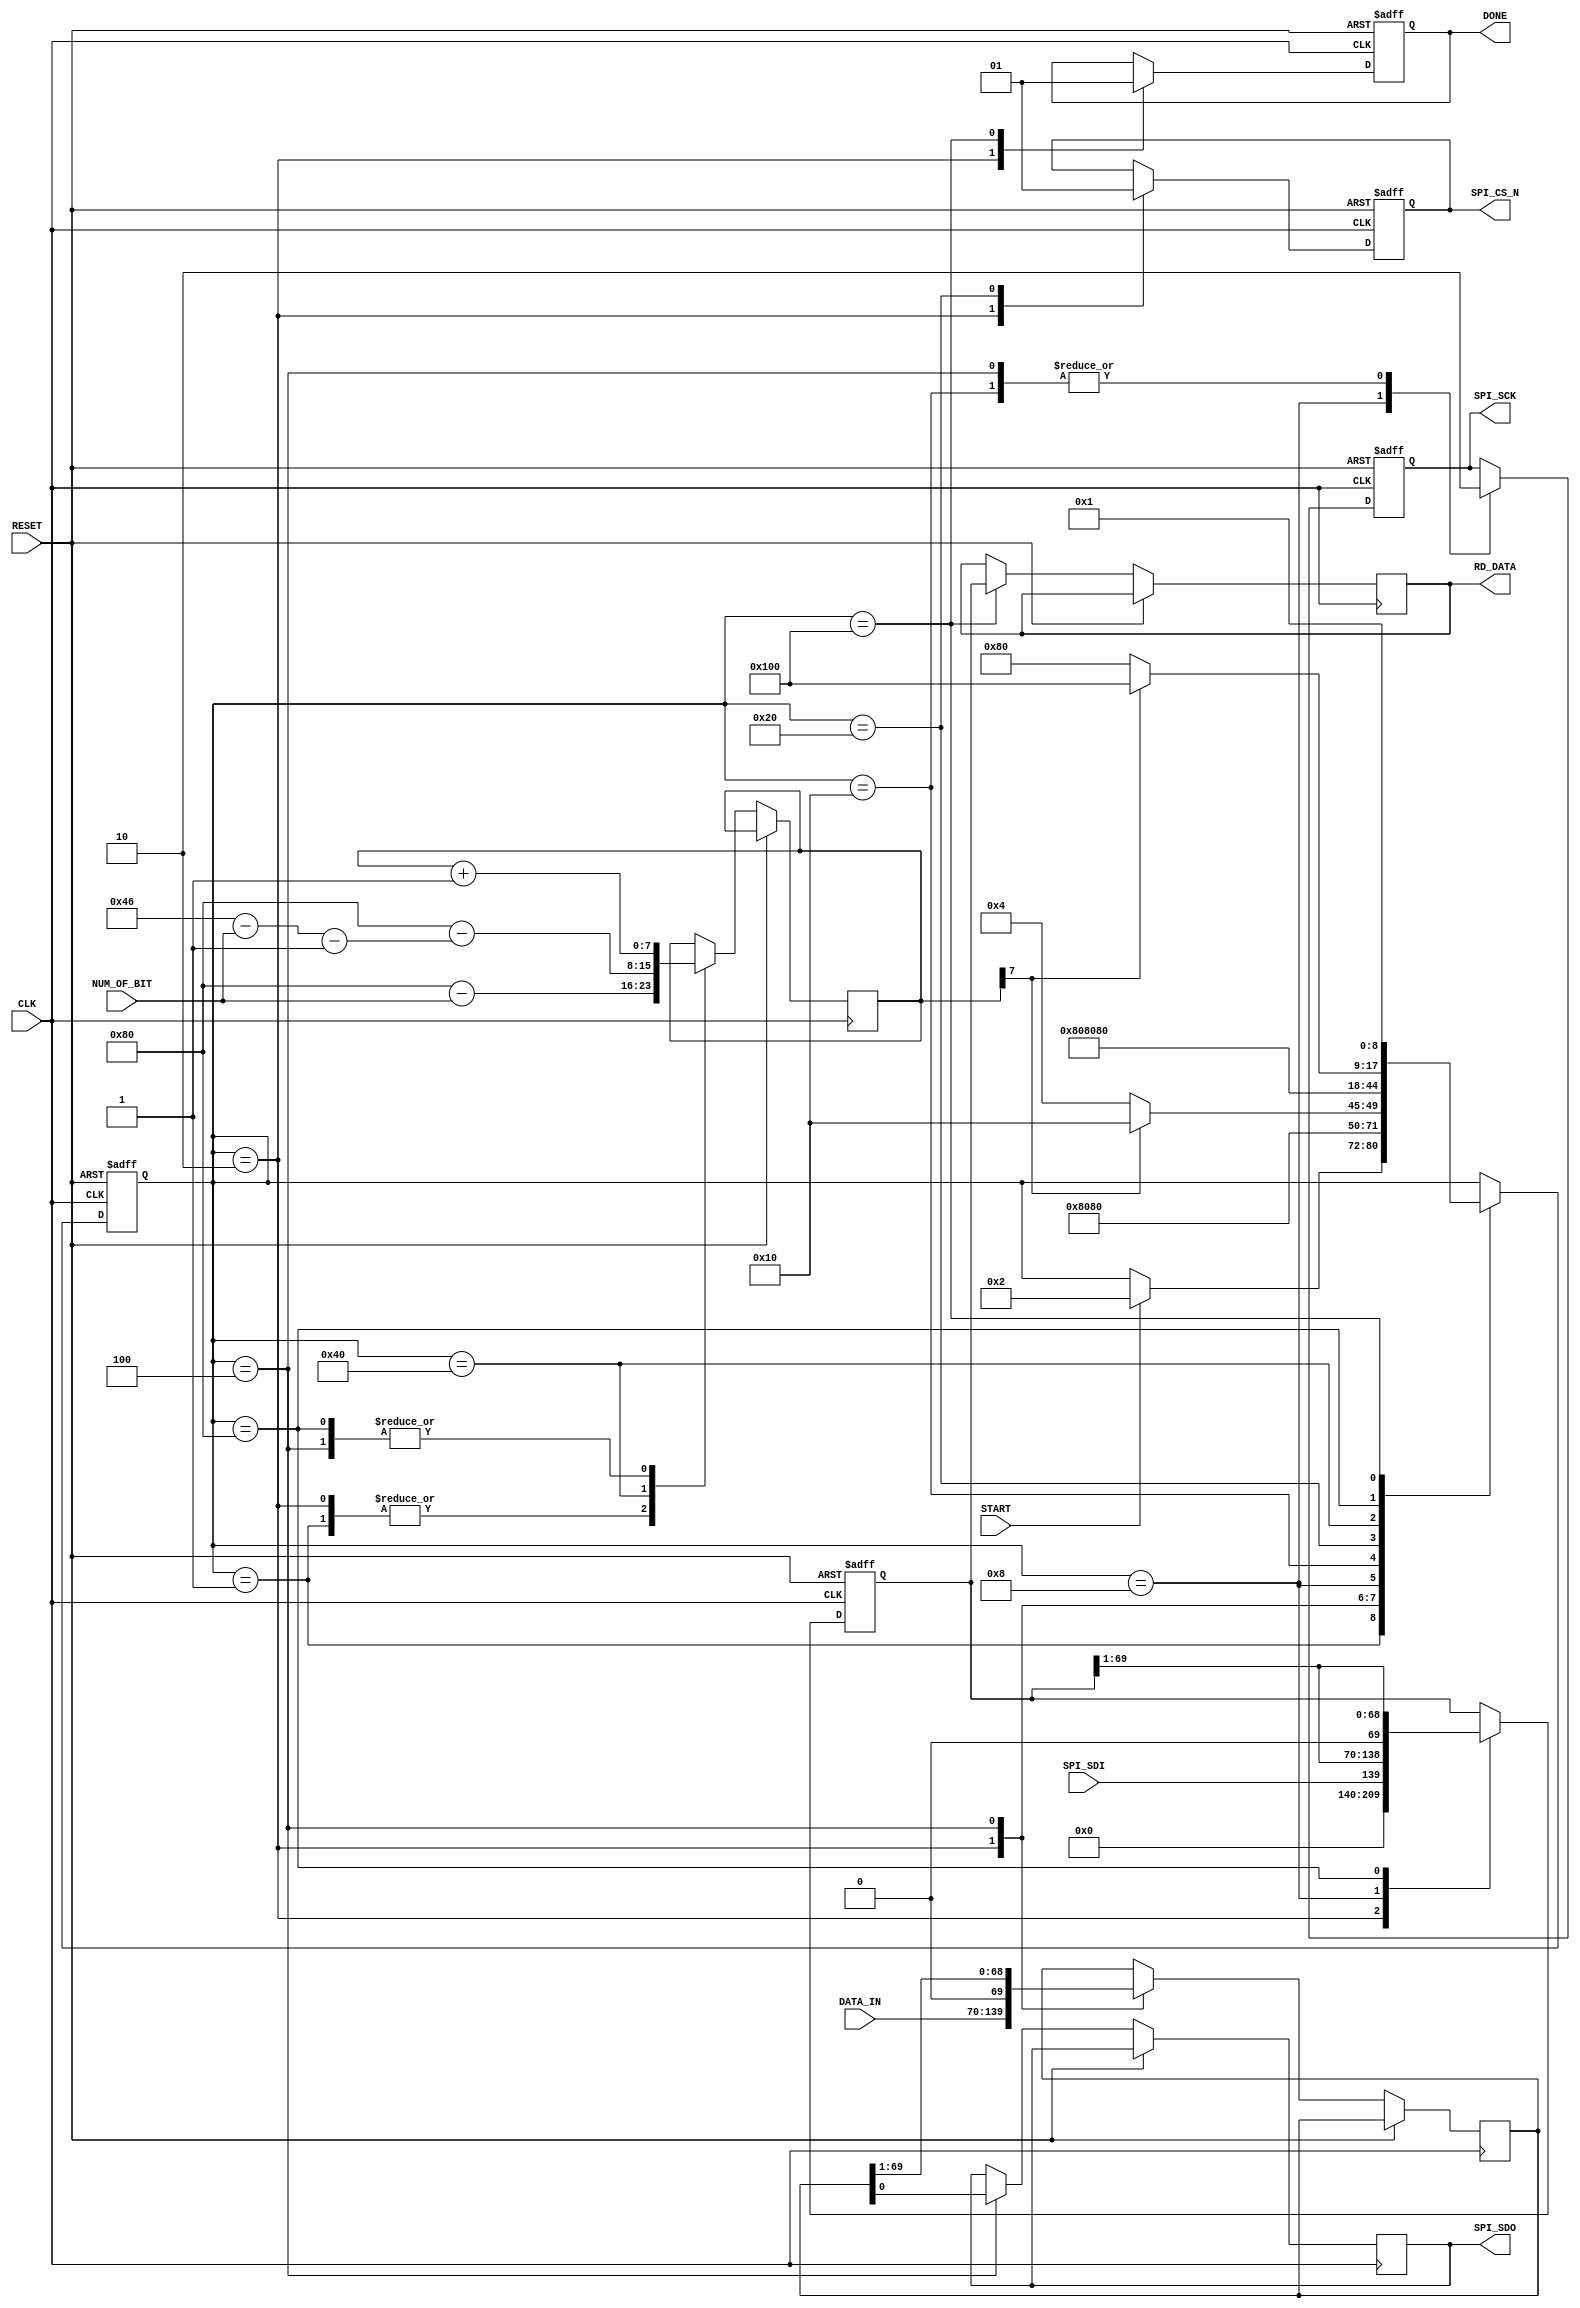
`timescale 1ns / 1ps
//////////////////////////////////////////////////////////////////////////////////
// Company: Case Western Reserve University
// 
// Project Name:   EECS397/600 Instrumentation and Measurement
// Design Name:    NMR Spectrometer
// Module Name:    SPI_LTC2314
// Target Devices: Altera Cyclone V
// Tool versions:  Quartus v17.0
// Description:    SPI Bus Transceiver
//
// This ADC has latency of 2 cycles when the start signal is given until CS is driven low
//                 
// Dependencies:   
//
//////////////////////////////////////////////////////////////////////////////////

module LM96570_SPI
#(
	parameter DATA_WIDTH = 70,
	parameter BIT_COUNT_WIDTH = 8 // to accomodate shifting 70 bits of data
)
(
	// Control Signals
	input									START,			// start signal
	output reg								DONE,			// acquisition done
	
	// Data Signals
	output reg [(DATA_WIDTH-1):0] 			RD_DATA,		// data wires
	
	// SPI output signals
	input [BIT_COUNT_WIDTH-1:0] 			NUM_OF_BIT,		// number of bits being shifted
	input [DATA_WIDTH-1:0]					DATA_IN,
	
	// SPI Bus Signals
	output reg 	SPI_CS_N,
	output reg 	SPI_SCK,
	input      	SPI_SDI,
	output reg	SPI_SDO,
	
	// System Signals
	input CLK,
	input RESET
);

	// Include StdFunctions for bit_index()
	// `include "StdFunctions.vh"

	// localparam BIT_COUNT_WIDTH = bit_index(DATA_WIDTH);
	
	//
	// The SPI Bus Rate is half of the system clock input (CLK)
	//
	
	//
	// SPI Transceiver State Machine
	//
	reg [8:0] State;
	localparam [8:0]
		S0 = 9'b000000001,
		S1 = 9'b000000010,
		S2 = 9'b000000100,
		S3 = 9'b000001000,
		S4 = 9'b000010000,
		S5 = 9'b000100000,
		S6 = 9'b001000000,
		S7 = 9'b010000000,
		S8 = 9'b100000000;
	
	
	reg	[(DATA_WIDTH-1):0]			shift_reg_rx, shift_reg_tx;
	
	reg	[BIT_COUNT_WIDTH-1:0]			bit_count;		// count shifted bit
		
		
		
	initial
	begin
		bit_count	<= {BIT_COUNT_WIDTH{1'b0}};
		RD_DATA		<= {DATA_WIDTH{1'b0}};
	end
	
	always @(posedge CLK, posedge RESET)
	begin
	
		if (RESET)
		begin
		
			shift_reg_rx <= {DATA_WIDTH{1'b0}};
		
			SPI_CS_N <= 1'b1;
			SPI_SCK <= 1'b0;
			
			
			DONE <= 1'b0;
									
			State <= S0;
			
		end
		else
		begin
		
			case (State)
			
				S0 :
				begin

					// Reset the sample count
					
					// reset the bit count
					bit_count <= {1'b1, { (BIT_COUNT_WIDTH-1) {1'b0} }} - NUM_OF_BIT;
										
					// Wait for the Start signal
					if (START)
						State <= S1;
				
				end
				
				S1 :
				begin
					
					// Initialize the shift register
					shift_reg_rx <= { (DATA_WIDTH) {1'b0} };
					shift_reg_tx <= DATA_IN;
					
					// Clear the Done signal
					DONE <= 1'b0;
					
					// Assert Chip Select
					SPI_CS_N <= 1'b0;
					
					// Reset the bit count
					bit_count <= {1'b1, { (BIT_COUNT_WIDTH-1) {1'b0} }} - NUM_OF_BIT;
					
					State <= S2;
								
				end
				
				S2 :
				begin
				
					SPI_SDO <= shift_reg_tx[0];
					shift_reg_tx <= {1'b0, {shift_reg_tx[DATA_WIDTH-1:1]} };
					
					// SCK Falling-Edge
					SPI_SCK <= 1'b0;
					
					// increment bit counter
					bit_count <= bit_count + 1'b1;
					
					State <= S3;
					
				end
				
				S3 :
				begin
					
					// shift data in
					shift_reg_rx <= { SPI_SDI, shift_reg_rx [DATA_WIDTH-1:1] };
					
					// SCK Rising-Edge
					SPI_SCK <= 1'b1;

					if (bit_count[BIT_COUNT_WIDTH-1])
					begin
						
						State <= S4;
					
					end
					
					else
						State <= S2;
					
				end
				
				S4 :
				begin
					
					SPI_SCK <= 1'b0;
										
					State <= S5;
					
				end
				
				S5 :
				begin
					
					// Deassert Chip Select
					SPI_CS_N <= 1'b1;
					
					State <= S6;
					
				end
				
				S6 :
				begin
					
					// Reset the bit count
					bit_count <= {1'b1, { (BIT_COUNT_WIDTH-1) {1'b0} }} - (DATA_WIDTH-NUM_OF_BIT-1);
					
					State <= S7;
					
				end
				
				S7 :
				begin
					
					bit_count <= bit_count + 1'b1;
					shift_reg_rx <= { 1'b0, shift_reg_rx [DATA_WIDTH-1:1] };
					
					if (bit_count[BIT_COUNT_WIDTH-1])
					begin
					
						State <= S8;
					
					end
					
					else 
					begin
						State <= S7;
					end
				end
				
				S8 :
				begin
					
					RD_DATA <= shift_reg_rx;
					
					// Assert Done signal
					DONE <= 1'b1;
					
					State <= S0;
					
				end
				
			endcase
		
		end
	
	end
	
endmodule